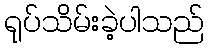
ရုပ်သိမ်းခဲ့ပါသည်